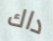
داك